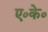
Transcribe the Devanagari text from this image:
ए०के०